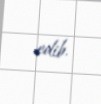
edib.